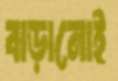
বাড়ানোই